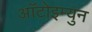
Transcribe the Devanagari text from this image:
आॅटोइम्युन